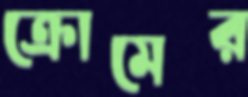
ক্রোমের